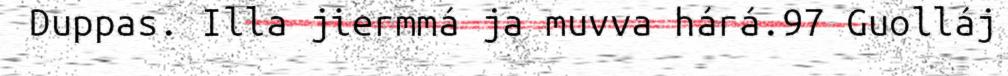
Duppas. Illa jiermmá ja muvva hárá.97 Guolláj